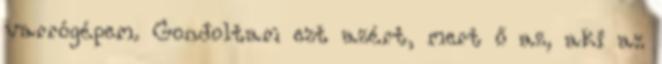
varrógépem. Gondoltam ezt azért, mert ő az, aki az